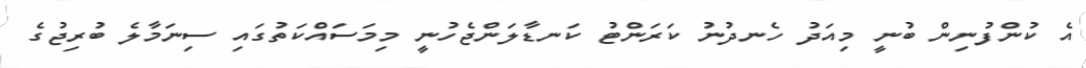
އެ ކުންފުނިން ބުނީ މިއަދު ހެނދުނު ކަރަންޓު ކަނޑާލަންޖެހުނީ މިމަސައްކަތުގައި ސިނަމާލެ ބުރިޖުގެ